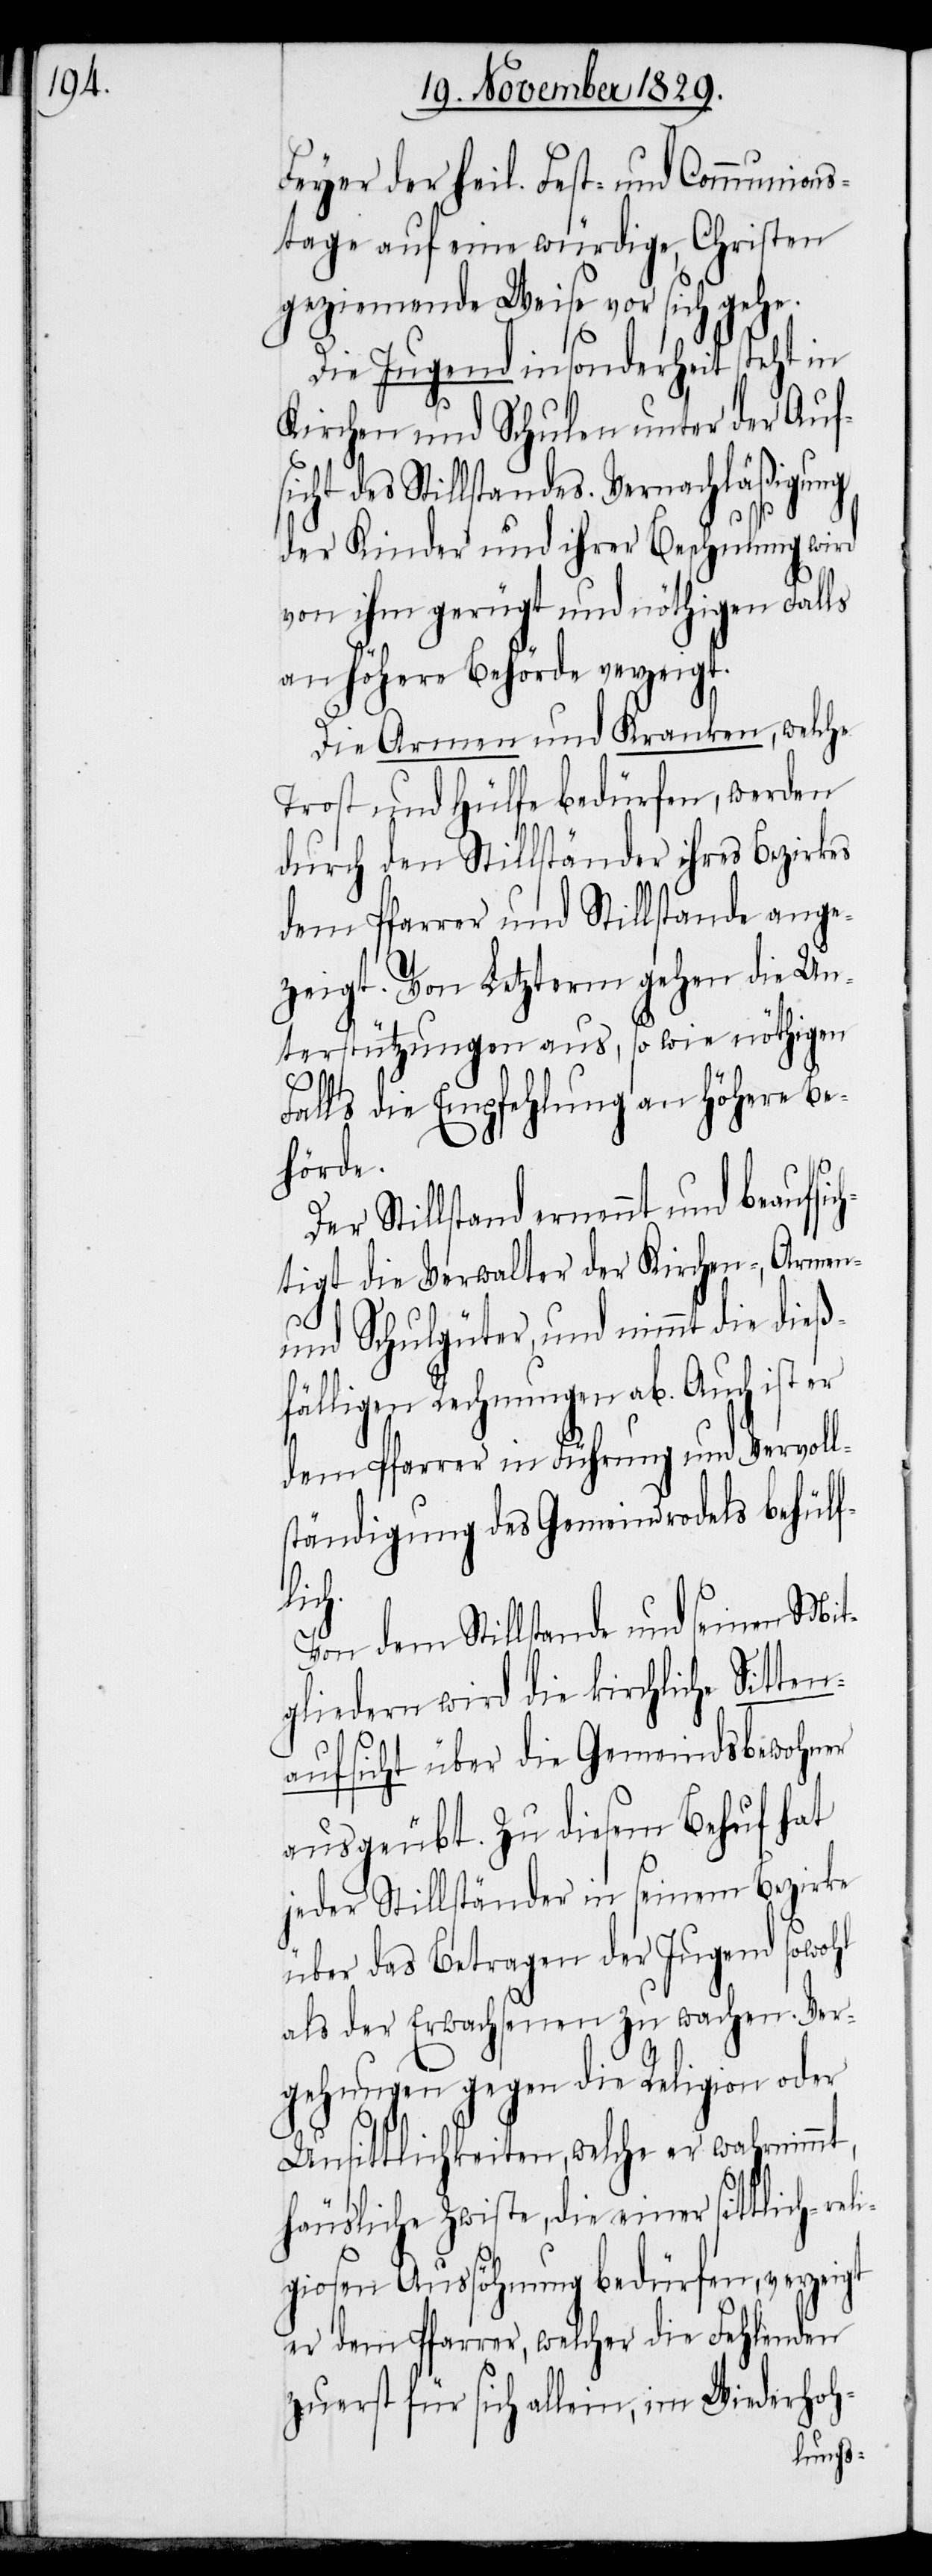
Feyer der heil. Fest- und Communions¬
tage auf eine würdige, Christen
geziemende Weise vor sich gehe.
Die Jugend in sonderheit steht in
Kirchen und Schulen unter der Aufs¬
icht des Stillstandes. Vernachläßigung
der Kinder und ihrer Beschulung wird
von ihm gerügt und nöthigen Falls
an höhere Behörde verzeigt.
Die Armen und Kranken, welche
Trost und Hülfe bedürfen, werden
durch den Stillständer ihres Bezirkes
dem Pfarrer und Stillstande ange¬
zeigt. Von Letzterm gehen die Un¬
terstützungen aus, so wie nöthigen
Falls die Empfehlung an höhere Be¬
hörde.
Der Stillstand ernennt und beaufs¬
tigt die Verwalter der Kirchen-, Armen-
und Schulgüter, und nimmt die dieß¬
fälligen Rechnungen ab. Auch ist er
dem Pfarrer in Führung und Vervoll¬
ständigung des Gemeindrodels behülf¬
lich.
Von dem Stillstande und seinen Mit¬
gliedern wird die kirchliche Sitte¬
naufsicht über die Gemeindsbewohner
ausgeübt. Zu diesem Behuf hat
jeder Stillständer in seinem Bezirke
über das Betragen der Jugend sowohl
als der Erwachsenen zu wachen. Ver¬
gehungen gegen die Religion oder
Unsittlichkeiten, welche er wahrnimmt,
häusliche Zwiste, die einer sittlich-rel¬
igiosen Aussöhnung bedürfen, verzeigt
er dem Pfarrer, welcher die Fehlenden
zuerst für sich allein, im Wiederhoh-